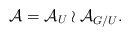
\begin{align*}\mathcal{A}=\mathcal{A}_U \wr \mathcal{A}_{G/U}.\end{align*}